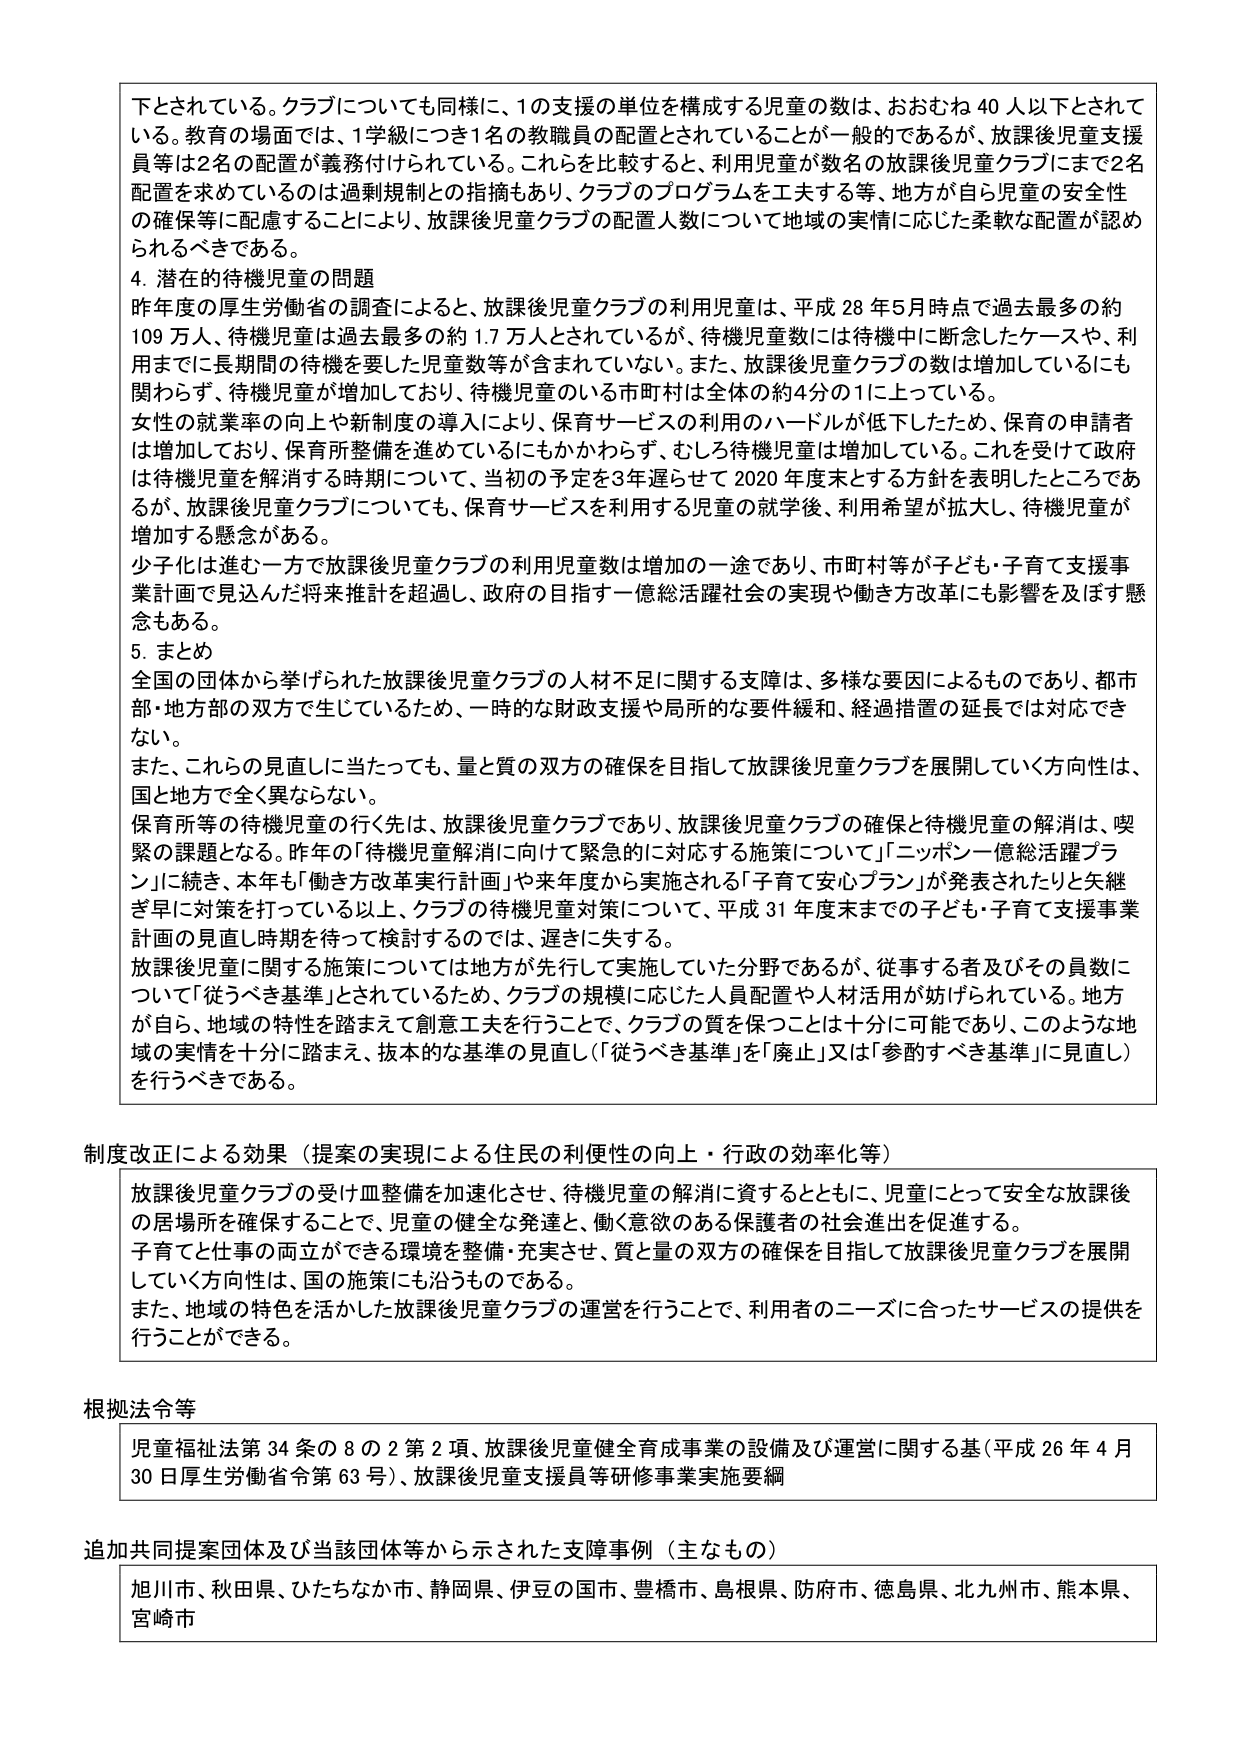
下とされている。クラブについても同様に、1の支援の単位を構成する児童の数は、おおむね40人以下とされている。教育の場面では、1学級につき1名の教職員の配置とされていることが一般的であるが、放課後児童支援員等は2名の配置が義務付けられている。これらを比較すると、利用児童が数名の放課後児童クラブにまで2名配置を求めているのは過剰規制との指摘もあり、クラブのプログラムを工夫する等、地方が自ら児童の安全性の確保等に配慮することにより、放課後児童クラブの配置人数について地域の実情に応じた柔軟な配置が認められるべきである。

4. 潜在的待機児童の問題
昨年度の厚生労働省の調査によると、放課後児童クラブの利用児童は、平成28年5月時点で過去最多の約109万人、待機児童は過去最多の約1.7万人とされているが、待機児童数には待機中に断念したケースや、利用までに長期間の待機を要した児童数等が含まれていない。また、放課後児童クラブの数は増加しているにも関わらず、待機児童が増加しており、待機児童のいる市町村は全体の約4分の1に上っている。
女性の就業率の向上や新制度の導入により、保育サービスの利用のハードルが低下したため、保育の申請者は増加しており、保育所整備を進めているにもかかわらず、むしろ待機児童は増加している。これを受けて政府は待機児童を解消する時期について、当初の予定を3年遅らせて2020年度末とする方針を表明したところであるが、放課後児童クラブについても、保育サービスを利用する児童の就学後、利用希望が拡大し、待機児童が増加する懸念がある。
少子化は進む一方で放課後児童クラブの利用児童数は増加の一途であり、市町村等が子ども・子育て支援事業計画で見込んだ将来推計を超過し、政府の目指す一億総活躍社会の実現や働き方改革にも影響を及ぼす懸念もある。

5. まとめ
全国の団体から挙げられた放課後児童クラブの人材不足に関する支援は、多様な要因によるものであり、都市部・地方部の双方で生じているため、一時的な財政支援や局所的な要件緩和、経過措置の延長では対応できない。
また、これらの見直しに当たっても、量と質の双方の確保を目指して放課後児童クラブを展開していく方向性は、国と地方で全く異ならない。
保育所等の待機児童の行く先は、放課後児童クラブであり、放課後児童クラブの確保と待機児童の解消は、喫緊の課題となる。昨年の「待機児童解消に向けて緊急的に対応する施策について」「ニッポン一億総活躍プラン」に続き、本年も「働き方改革実行計画」や来年度から実施される「子育て安心プラン」が発表されたりと矢継ぎ早に対策を打っている以上、クラブの待機児童対策について、平成31年度末までの子ども・子育て支援事業計画の見直し時期を待って検討するのでは、遅きに失する。
放課後児童に関する施策については地方が先行して実施していた分野であるが、従事する者及びその員数について「従うべき基準」とされているため、クラブの規模に応じた人員配置や人材活用が妨げられている。地方が自ら、地域の特性を踏まえて創意工夫を行うことで、クラブの質を保つことは十分に可能であり、このような地域の実情を十分に踏まえ、抜本的な基準の見直し（「従うべき基準」を「廃止」又は「参酌すべき基準」に見直し）を行うべきである。

制度改正による効果（提案の実現による住民の利便性の向上・行政の効率化等）
放課後児童クラブの受け皿整備を加速化させ、待機児童の解消に資するとともに、児童にとって安全な放課後の居場所を確保することで、児童の健全な発達と、働く意欲のある保護者の社会進出を促進する。
子育てと仕事の両立ができる環境を整備・充実させ、質と量の双方の確保を目指して放課後児童クラブを展開していく方向性は、国の施策にも沿うものである。
また、地域の特色を活かした放課後児童クラブの運営を行うことで、利用者のニーズに合ったサービスの提供を行うことができる。

根拠法令等
児童福祉法第34条の8の2第2項、放課後児童健全育成事業の設備及び運営に関する基（平成26年4月30日厚生労働省令第63号）、放課後児童支援員等研修事業実施要綱

追加共同提案団体及び当該団体等から示された支援事例（主なもの）
旭川市、秋田県、ひたちなか市、静岡県、伊豆の国市、豊橋市、島根県、防府市、徳島県、北九州市、熊本県、宮崎市